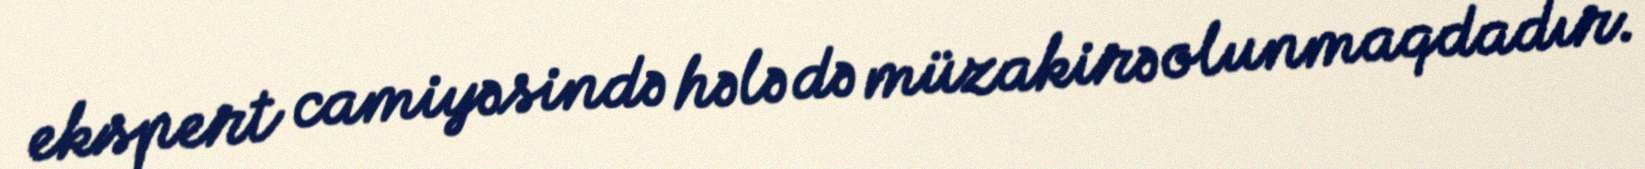
ekspert camiyəsində hələ də müzakirə olunmaqdadır.